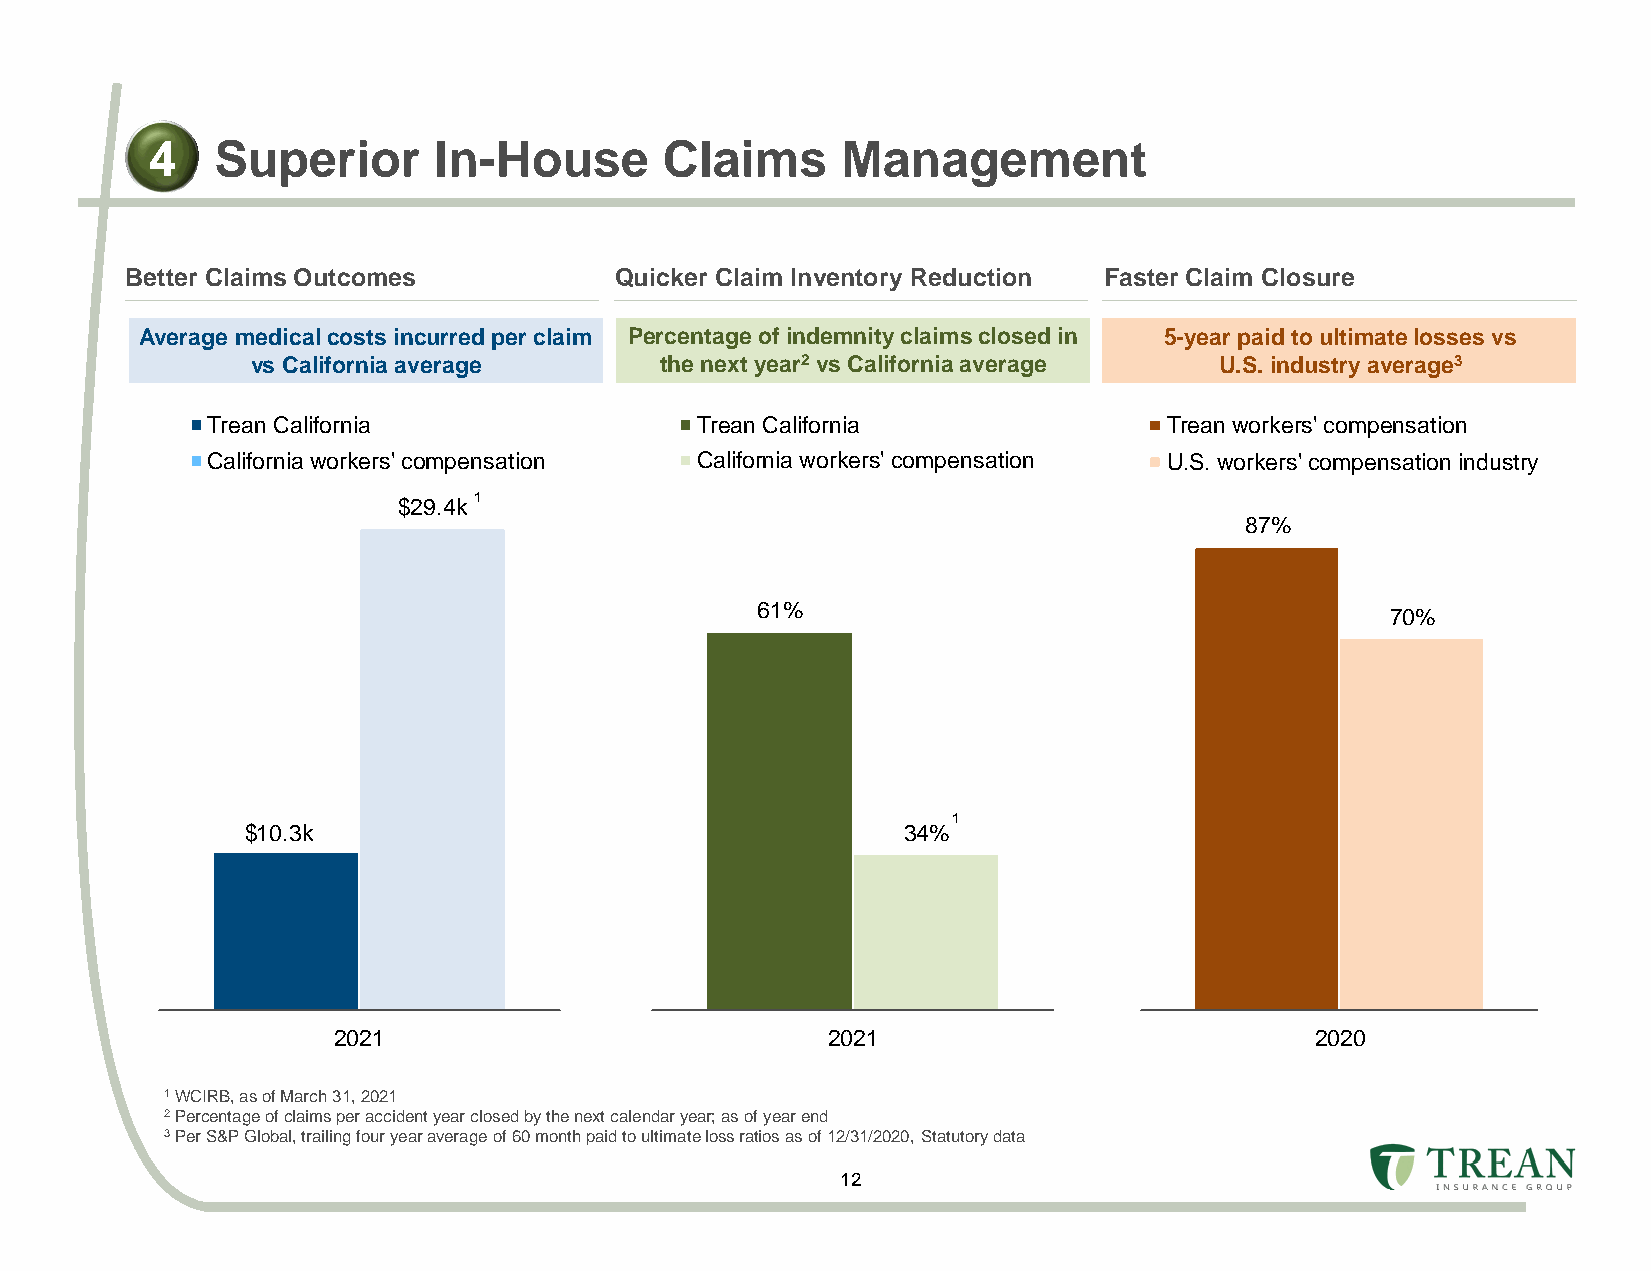
4   Superior       In-House       Claims      Management
 Better Claims Outcomes           Quicker Claim Inventory Reduction Faster Claim Closure
 Average medical costs incurred per claim Percentage of indemnity claims closed in 5-year paid to ultimate losses vs
 vs California average      the next year2 vs California average U.S. industry average3
 Trean California                Trean California               Trean workers' compensation
 California workers' compensation California workers' compensation U.S. workers' compensation industry
 $29.4k 1
 87%
 61%                                       70%
 1
 $10.3k                                      34%
 2021                             2021                            2020
 1WCIRB, as of March 31, 2021
 2Percentage of claims per accident year closed by the next calendar year; as of year end
 3Per S&P Global, trailing four year average of 60 month paid to ultimate loss ratios as of 12/31/2020, Statutory data
 12